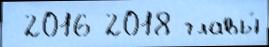
 2016 2018 главы́